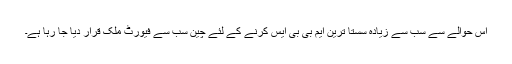
اس حوالے سے سب سے زیادہ سستا ترین ایم بی بی ایس کرنے کے لئے چین سب سے فیورٹ ملک قرار دیا جا رہا ہے۔